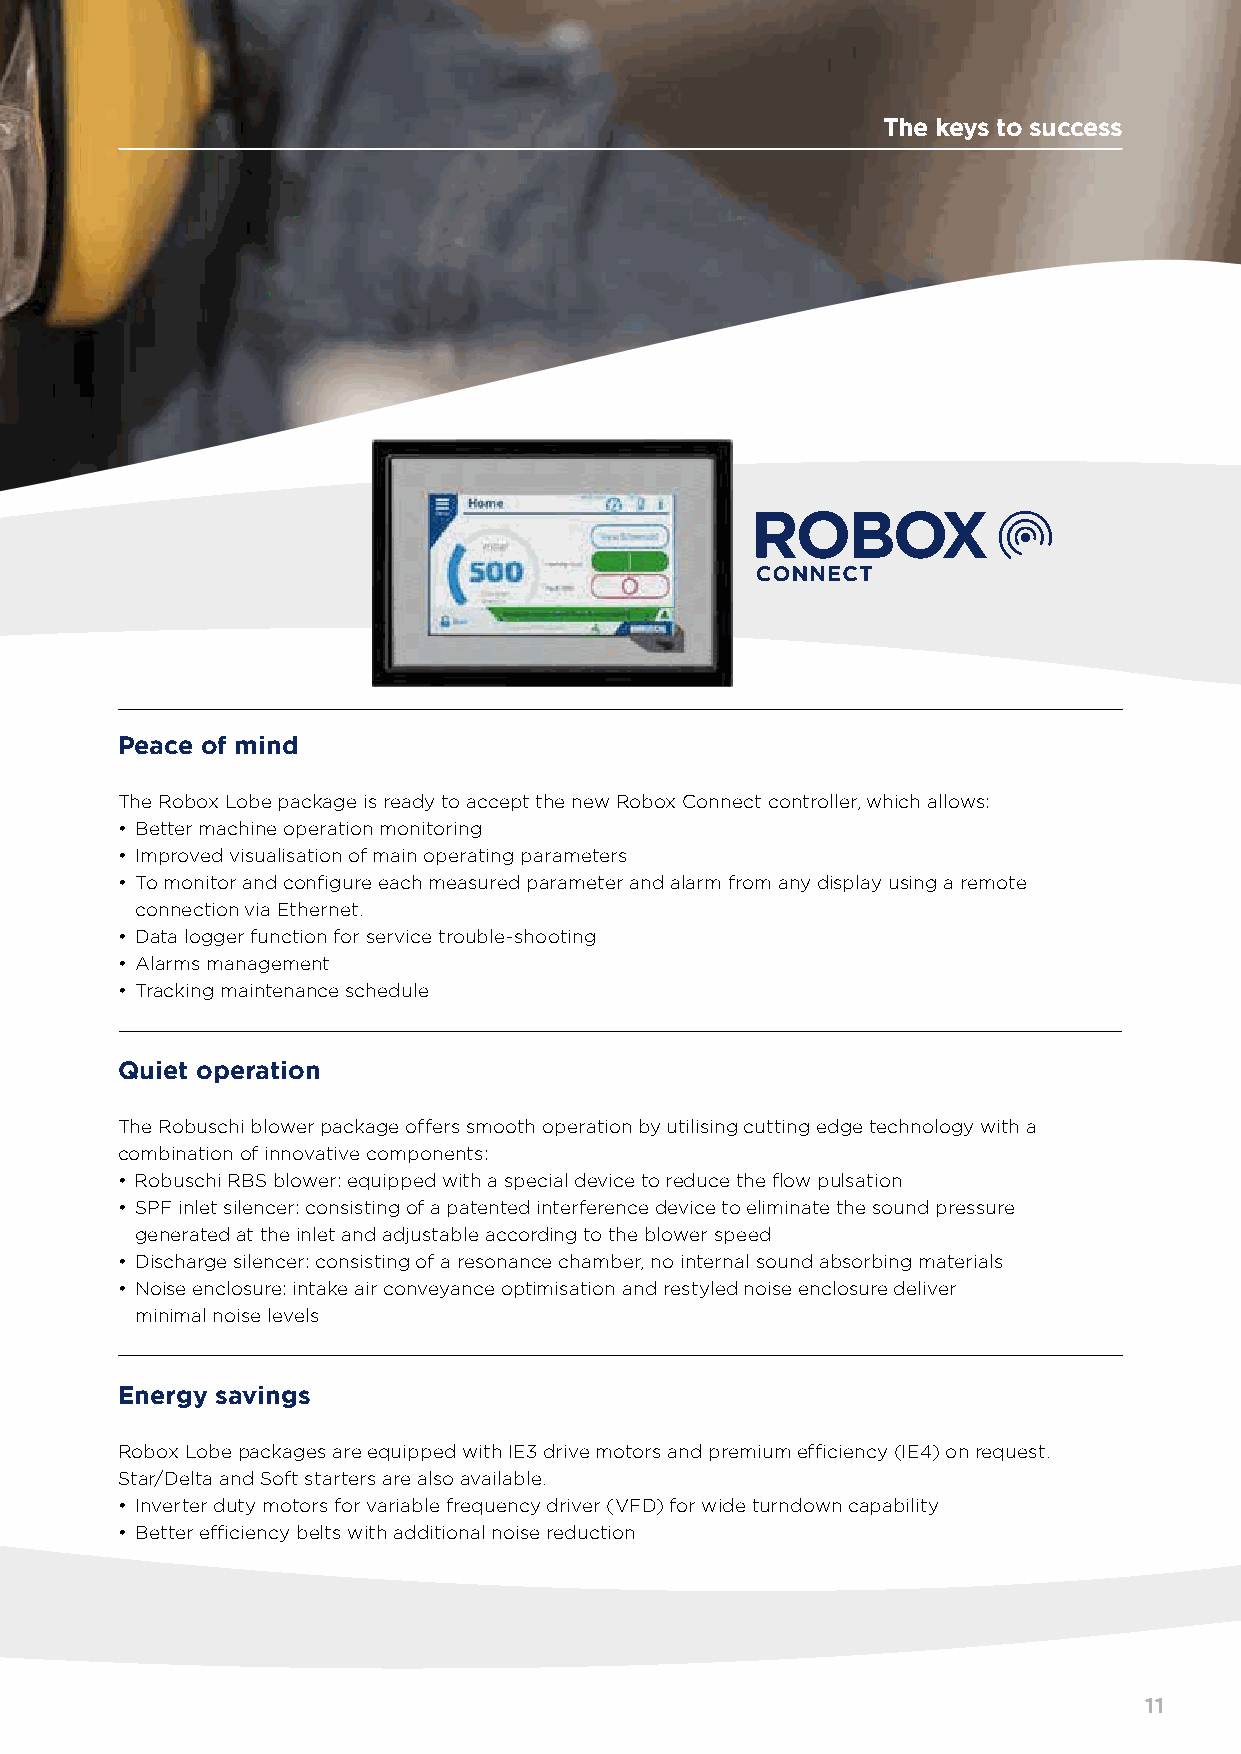
The keys to success
 Peace of mind
 The Robox Lobe package is ready to accept the new Robox Connect controller, which allows:
 • Better machine operation monitoring
 • Improved visualisation of main operating parameters
 • To monitor and configure each measured parameter and alarm from any display using a remote
 connection via Ethernet.
 • Data logger function for service trouble-shooting
 • Alarms management
 • Tracking maintenance schedule
 Quiet operation
 The Robuschi blower package offers smooth operation by utilising cutting edge technology with a
 combination of innovative components:
 • Robuschi RBS blower: equipped with a special device to reduce the flow pulsation
 • SPF inlet silencer: consisting of a patented interference device to eliminate the sound pressure
 generated at the inlet and adjustable according to the blower speed
 • Discharge silencer: consisting of a resonance chamber, no internal sound absorbing materials
 • Noise enclosure: intake air conveyance optimisation and restyled noise enclosure deliver
 minimal noise levels
 Energy savings
 Robox Lobe packages are equipped with IE3 drive motors and premium efficiency (IE4) on request.
 Star/Delta and Soft starters are also available.
 • Inverter duty motors for variable frequency driver (VFD) for wide turndown capability
 • Better efficiency belts with additional noise reduction
 11